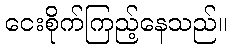
ငေးစိုက်ကြည့်နေသည်။